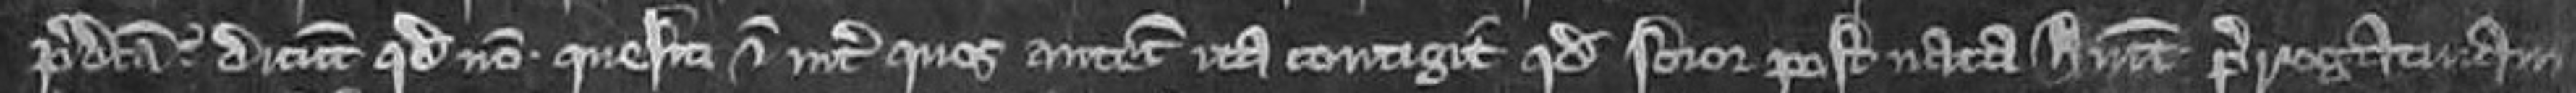
predicta dicunt quod non. Quesiti eciam inter quos antecessores ita contingit quod soror postnata habuit prerogativam